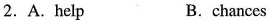
2. A. Help B. chances